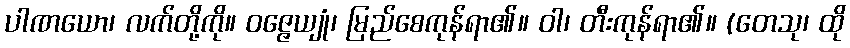
ပါဏယော၊ လက်တို့ကို။ ဝဇ္ဇေယျုံ၊ မြည်စေကုန်ရာ၏။ ဝါ၊ တီးကုန်ရာ၏။ (တေသု၊ ထို